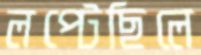
লপ্‌টেছিলে